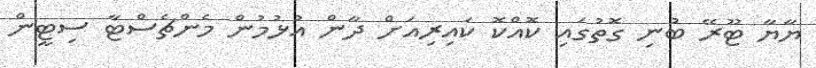
ޔާޔާ ޓޫރޭ ބުނި ގޮތުގައި ކޮއްކޮ ކައިރިއަށް ދާން އުޅުމުން މެންޗެސްޓާ ސިޓީން